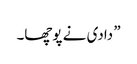
” دادی نے پوچھا۔